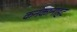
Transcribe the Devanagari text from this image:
कनकानाहट